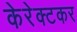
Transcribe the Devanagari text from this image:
केरेक्टकर